Annual administration report of the Civil Veterinary Department of India - 1895-1896
Year: 1895
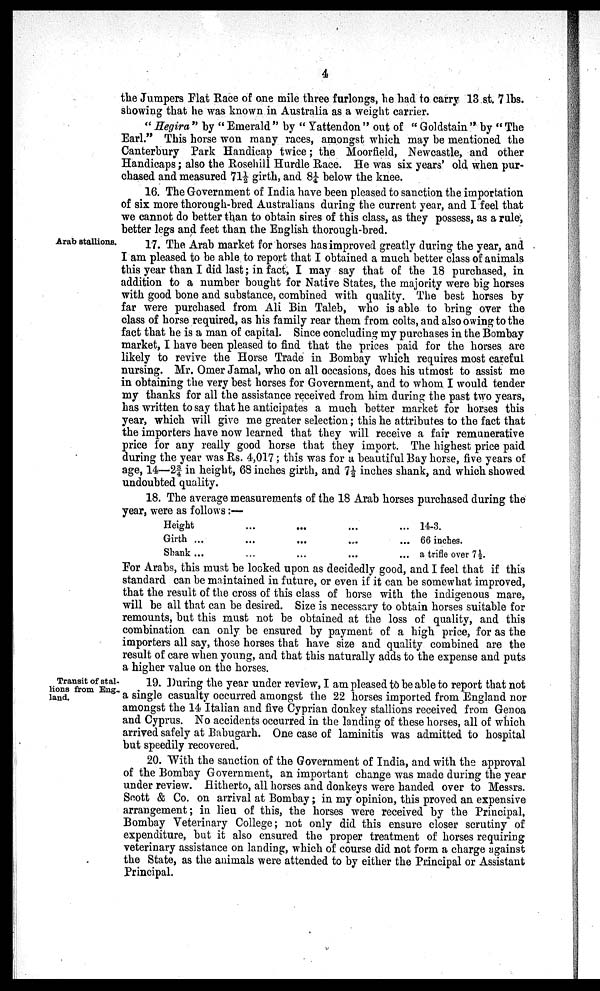
4
the Jumpers Flat Race of one mile three furlongs, he had to carry 13 st. 7 lbs.
showing that he was known in Australia as a weight carrier.
"Hegira" by "Emerald" by "Yattendon" out of "Goldstain" by "The
Earl." This horse won many races, amongst which may be mentioned the
Canterbury Park Handicap twice; the Moorfield, Newcastle, and other
Handicaps; also the Rosehill Hurdle Race. He was six years' old when pur-
chased and measured 71½ girth, and 81/4 below the knee.
16. The Government of India have been pleased to sanction the importation
of six more thorough-bred Australians during the current year, and I feel that
we cannot do better than to obtain sires of this class, as they possess, as a rule,
better legs and feet than the English thorough-bred.
Arab stallions.
17. The Arab market for horses has improved greatly during the year, and
I am pleased to be able to report that I obtained a much better class of animals
this year than I did last; in fact, I may say that of the 18 purchased, in
addition to a number bought for Native States, the majority were big horses
with good bone and substance, combined with quality. The best horses by
far were purchased from Ali Bin Taleb, who is able to bring over the
class of horse required, as his family rear them from colts, and also owing to the
fact that he is a man of capital. Since concluding my purchases in the Bombay
market, I have been pleased to find that the prices paid for the horses are
likely to revive the Horse Trade in Bombay which requires most careful
nursing. Mr. Omer Jamal, who on all occasions, does his utmost to assist me
in obtaining the very best horses for Government, and to whom I would tender
my thanks for all the assistance received from him during the past two years,
has written to say that he anticipates a much better market for horses this
year, which will give me greater selection; this he attributes to the fact that
the importers have now learned that they will receive a fair remunerative
price for any really good horse that they import. The highest price paid
during the year was Rs. 4,017; this was for a beautiful Bay horse, five years of
age, 14—23/4 in height, 68 inches girth, and 7½ inches shank, and which showed
undoubted quality.
18. The average measurements of the 18 Arab horses purchased during the
year, were as follows:—
Height
Girth ...
Shank ...
...
...
...
...
...
...
...
...
...
...
...
...
14-3.
66 inches.
a trifle over 7½.
For Arabs, this must be looked upon as decidedly good, and I feel that if this
standard can be maintained in future, or even if it can be somewhat improved,
that the result of the cross of this class of horse with the indigenous mare,
will be all that can be desired. Size is necessary to obtain horses suitable for
remounts, but this must not be obtained at the loss of quality, and this
combination can only be ensured by payment of a high price, for as the
importers all say, those horses that have size and quality combined are the
result of care when young, and that this naturally adds to the expense and puts
a higher value on the horses.
Transit of stal-
lions from Eng-
land.
19. During the year under review, I am pleased to be able to report that not
a single casualty occurred amongst the 22 horses imported from England nor
amongst the 14 Italian and five Cyprian donkey stallions received from Genoa
and Cyprus. No accidents occurred in the landing of these horses, all of which
arrived safely at Babugarh. One case of laminitis was admitted to hospital
but speedily recovered.
20. With the sanction of the Government of India, and with the approval
of the Bombay Government, an important change was made during the year
under review. Hitherto, all horses and donkeys were handed over to Messrs.
Scott & Co. on arrival at Bombay; in my opinion, this proved an expensive
arrangement; in lieu of this, the horses were received by the Principal,
Bombay Veterinary College; not only did this ensure closer scrutiny of
expenditure, but it also ensured the proper treatment of horses requiring
veterinary assistance on landing, which of course did not form a charge against
the State, as the animals were attended to by either the Principal or Assistant
Principal.